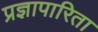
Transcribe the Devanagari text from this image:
प्रज्ञापारिता